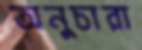
অনুচারা